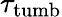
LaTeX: \tau_{\mathrm{tumb}}